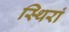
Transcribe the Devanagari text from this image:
स्थिरां